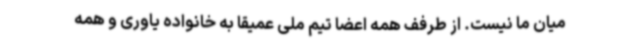
میان ما نیست. از طرفف همه اعضا تیم ملی عمیقا به خانواده یاوری و همه